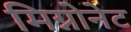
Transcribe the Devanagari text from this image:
मिग्नोनेट